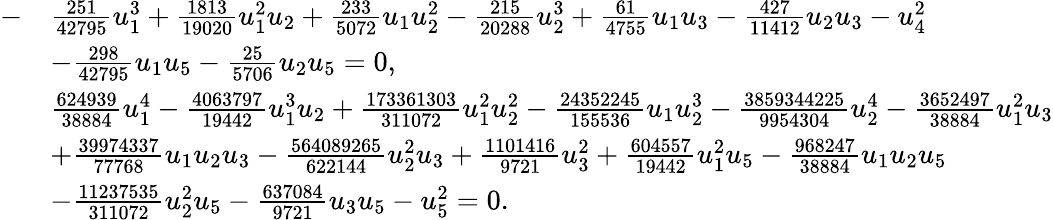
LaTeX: \begin{array}{rl}{-}&{\frac{251}{42795}u_{1}^{3}+\frac{1813}{19020}u_{1}^{2}u_{2}+\frac{233}{5072}u_{1}u_{2}^{2}-\frac{215}{20288}u_{2}^{3}+\frac{61}{4755}u_{1}u_{3}-\frac{427}{11412}u_{2}u_{3}-u_{4}^{2}}\\ &{-\frac{298}{42795}u_{1}u_{5}-\frac{25}{5706}u_{2}u_{5}=0,}\\ &{\frac{624939}{38884}u_{1}^{4}-\frac{4063797}{19442}u_{1}^{3}u_{2}+\frac{173361303}{311072}u_{1}^{2}u_{2}^{2}-\frac{24352245}{155536}u_{1}u_{2}^{3}-\frac{3859344225}{9954304}u_{2}^{4}-\frac{3652497}{38884}u_{1}^{2}u_{3}}\\ &{+\frac{39974337}{77768}u_{1}u_{2}u_{3}-\frac{564089265}{622144}u_{2}^{2}u_{3}+\frac{1101416}{9721}u_{3}^{2}+\frac{604557}{19442}u_{1}^{2}u_{5}-\frac{968247}{38884}u_{1}u_{2}u_{5}}\\ &{-\frac{11237535}{311072}u_{2}^{2}u_{5}-\frac{637084}{9721}u_{3}u_{5}-u_{5}^{2}=0.}\end{array}